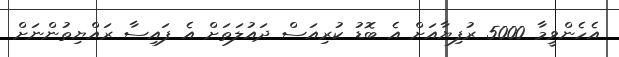
އެހެންވީމާ 5000 ރުފިޔާއަށް އެ ބޮޑު ކުރިއަސް ދައުލަތަށް އެ ފައިސާ ރައްޔިތުންނަށް